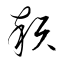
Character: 顇